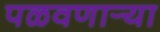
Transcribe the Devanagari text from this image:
पळवणार्‍या